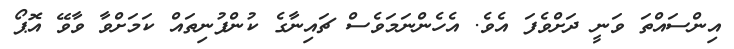
އިންސައްތަ ވަނީ ދަށްވެފަ އެވެ. އެހެންނަމަވެސް ޗައިނާގެ ކުންފުނިތައް ކަމަށްވާ ވާވޭ އޮޕޯ